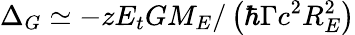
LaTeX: \Delta_{G}\simeq-zE_{t}GM_{E}/\left(\hbar\Gamma c^{2}R_{E}^{2}\right)